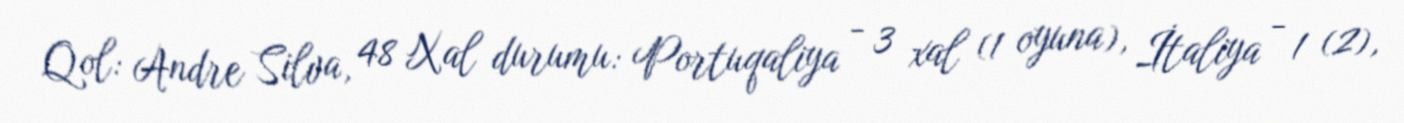
Qol: Andre Silva, 48 Xal durumu: Portuqaliya - 3 xal (1 oyuna), İtaliya - 1 (2),